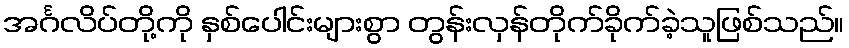
အင်္ဂလိပ်တို့ကို နှစ်ပေါင်းများစွာ တွန်းလှန်တိုက်ခိုက်ခဲ့သူဖြစ်သည်။